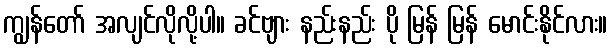
ကျွန်တော် အလျင်လိုလို့ပါ။ ခင်ဗျား နည်းနည်း ပို မြန် မြန် မောင်းနိုင်လား။